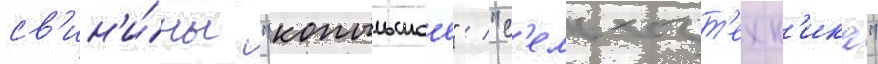
св'ин'и́ны "копыльское" / "с'ельхозт'ехн'ика"